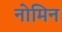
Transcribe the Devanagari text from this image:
नोमिन